Indian journal of veterinary science and animal husbandry - Volume 12,
Year: 1942
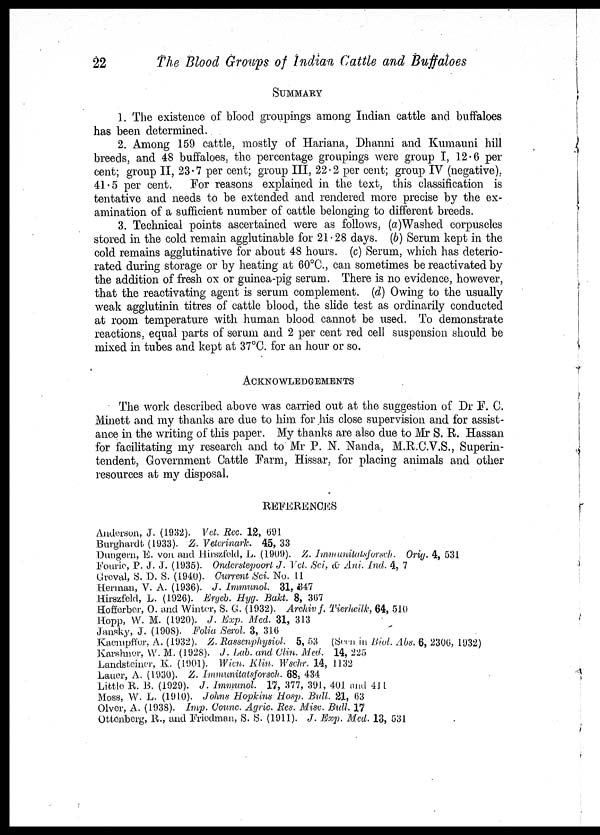
22
The Blood Groups of Indian Cattle and Buffaloes
SUMMARY
1. The existence of blood groupings among Indian cattle and buffaloes
has been determined.
2. Among 159 cattle, mostly of Hariana, Dhanni and Kumauni hill
breeds, and 48 buffaloes, the percentage groupings were group I, 12.6 per
cent ; group II, 23.7 per cent ; group III, 22.2 per cent ; group IV (negative),
41.5 per cent. For reasons explained in the text, this classification is
tentative and needs to be extended and rendered more precise by the ex-
amination of a sufficient number of cattle belonging to different breeds.
3. Technical points ascertained were as follows, (a)Washed corpuscles
stored in the cold remain agglutinable for 21.28 days. (b) Serum kept in the
cold remains agglutinative for about 48 hours. (c) Serum, which has deterio-
rated during storage or by heating at 60°C., can sometimes be reactivated by
the addition of fresh ox or guinea-pig serum. There is no evidence, however,
that the reactivating agent is serum complement. (d) Owing to the usually
weak agglutinin titres of cattle blood, the slide test as ordinarily conducted
at room temperature with human blood cannot be used. To demonstrate
reactions, equal parts of serum and 2 per cent red cell suspension should be
mixed in tubes and kept at 37°C. for an hour or so.
ACKNOWLEDGEMENTS
The work described above was carried out at the suggestion of Dr F. C.
Minett and my thanks are due to him for his close supervision and for assist-
ance in the writing of this paper. My thanks are also due to Mr S. R. Hassan
for facilitating my research and to Mr P. N. Nanda, M.R.C.V.S., Superin-
tendent, Government Cattle Farm, Hissar, for placing animals and other
resources at my disposal.
REFERENCES
Anderson, J. (1932). Vet. Rec. 12, 691
Burghardt (1933). Z. Veterinark. 45, 33
Dungern, E. von and Hirszfeld, L. (1909). Z. Immunitatsforsch.
Orig. 4, 531
Fouric, P. J. J. (1935). Onderstepoort J. Vet. Sci, & Ani. Ind. 4, 7
Greval, S. D. S. (1940). Current Sci. No. 11
Herman, V. A. (1936). J. Immunol. 31, 347
Hirszfeld, L. (1926). Ergeb. Hyg. Bakt. 8, 367
Hofferber, O. and Winter, S. G. (1932). Archiv f. Tierheilk, 64, 510
Hopp, W. M. (1920). J. Exp. Med. 31, 313
Jansky, J. (1908). Folia Serol. 3, 316
Kaempffer, A. (1932). Z. Rassenphysiol.
5, 53 Seen in Biol. Abs. 6, 2306, 1932)
Karshner, W. M. (1928). J. Lab. and Clin. Med. 14, 225
Landsteiner, K. (1901). Wien. Klin. Wschr. 14, 1132
Lauer, A. (1930). Z. Immunitatsforsch. 68, 434
Little R. B. (1929). J. Immunol.
17, 377, 394, 401 and 411
Moss, W. L. (1910). Johns Hopkins Hosp. Bull. 21, 63
Olver, A. (1938). Imp. Counc. Agric. Res. Misc. Bull. 17
Ottenberg, R., and Friedman, S. S. (1911). J. Exp. Med. 13, 531